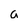
Character: a